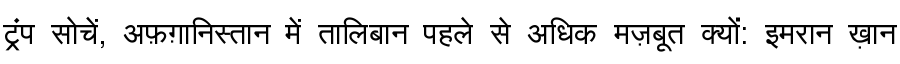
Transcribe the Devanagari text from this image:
ट्रंप सोचें, अफ़ग़ानिस्तान में तालिबान पहले से अधिक मज़बूत क्यों: इमरान ख़ान